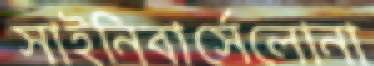
সাইনিবার্সেলোনা